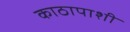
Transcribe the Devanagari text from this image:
काठापाशी